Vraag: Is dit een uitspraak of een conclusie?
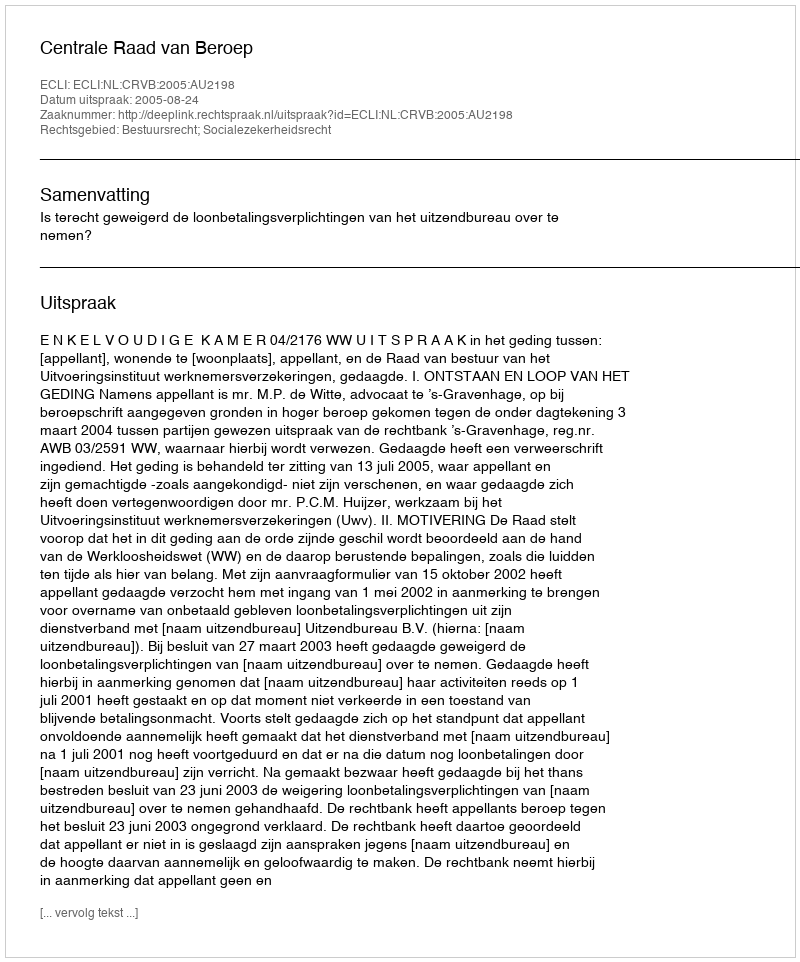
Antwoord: Uitspraak